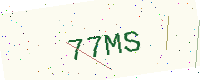
Text: 77MS